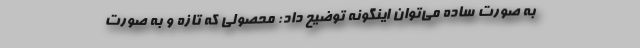
به صورت ساده می‌توان اینگونه توضیح داد: محصولی که تازه و به صورت